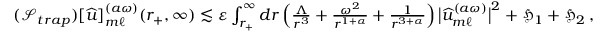
\begin{array} { r } { ( \mathcal { S } _ { t r a p } ) [ { \widehat { u } } ] _ { m \ell } ^ { ( a \omega ) } ( r _ { + } , \infty ) \lesssim \varepsilon \int _ { r _ { + } } ^ { \infty } d r \left( \frac { \Lambda } { r ^ { 3 } } + \frac { \omega ^ { 2 } } { r ^ { 1 + \alpha } } + \frac { 1 } { r ^ { 3 + \alpha } } \right) \big | \widehat { u } _ { m \ell } ^ { ( a \omega ) } \big | ^ { 2 } + \mathfrak { H } _ { 1 } + \mathfrak { H } _ { 2 } \, , } \end{array}